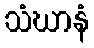
သံဃာနံ